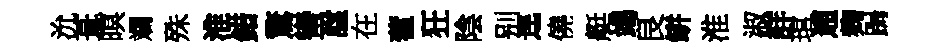
沇葺暝斕殊淮錯驚蠻諡在藿狂陰别逕僥艇竭良缾淮淑詳琯逋麹跼